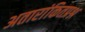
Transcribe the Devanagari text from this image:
अतारांकितप्रश्न